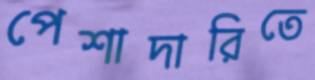
পেশাদারিতে